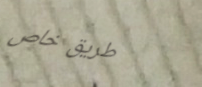
طريق خاص